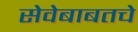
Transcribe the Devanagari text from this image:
सेवेबाबतचे